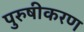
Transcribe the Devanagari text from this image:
पुरुषीकरण